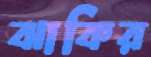
ঝাকির